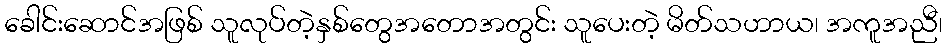
ခေါင်းဆောင်အဖြစ် သူလုပ်တဲ့နှစ်တွေအတောအတွင်း သူပေးတဲ့ မိတ်သဟာယ၊ အကူအညီ၊